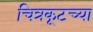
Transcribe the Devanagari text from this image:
चित्रकूटच्या